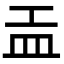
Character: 𥁁